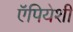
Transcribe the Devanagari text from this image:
ऍपियेशी